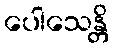
ပေါသေန္တိ